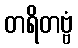
တရိတဗ္ဗံ